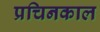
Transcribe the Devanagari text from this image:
प्रचिनकाल